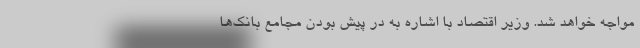
مواجه خواهد شد. وزیر اقتصاد با اشاره به در پیش بودن مجامع بانک‌ها